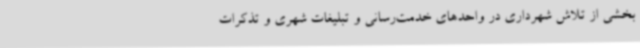
بخشی از تلاش شهرداری در واحدهای خدمت‌رسانی و تبلیغات شهری و تذکرات